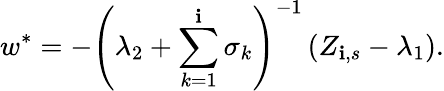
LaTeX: w^{\ast}=-\left(\lambda_{2}+\sum_{k=1}^{\mathbf{i}}\sigma_{k}\right)^{-1}\left(Z_{\mathbf{i},s}-\lambda_{1}\right).